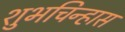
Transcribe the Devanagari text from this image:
शुभचिन्हास